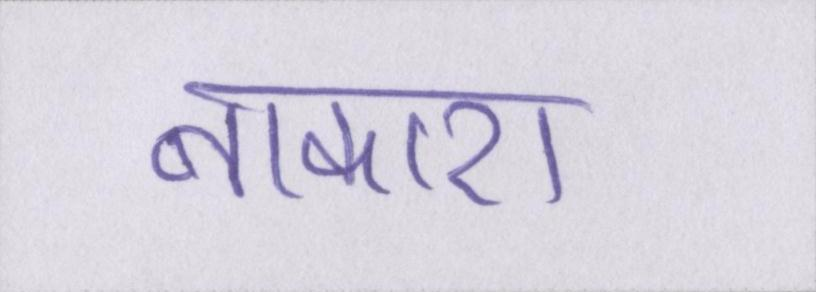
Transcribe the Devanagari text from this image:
नाकारा